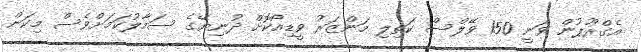
އެގްރޫޕުން ވަނީ 150 ވޭލްސް ކަތިލި މަންޒަރު ވީޑިއޯކޮށް ދުނިޔޭގެ ސަމާލުކަމަށްވެސް މިކަން